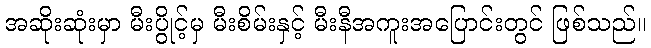
အဆိုးဆုံးမှာ မီးပွိုင့်မှ မီးစိမ်းနှင့် မီးနီအကူးအပြောင်းတွင် ဖြစ်သည်။